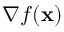
\nabla f ( \mathbf { x } )